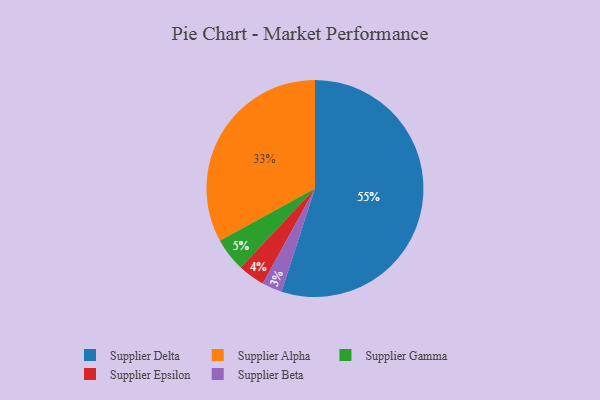
{"axis": {"x": "Category", "y": "Percentage"}, "legend": ["Supplier Alpha", "Supplier Beta", "Supplier Delta", "Supplier Epsilon", "Supplier Gamma"], "data": [{"x": "Supplier Epsilon", "y": 4, "type": "Supplier Epsilon"}, {"x": "Supplier Gamma", "y": 5, "type": "Supplier Gamma"}, {"x": "Supplier Beta", "y": 3, "type": "Supplier Beta"}, {"x": "Supplier Alpha", "y": 33, "type": "Supplier Alpha"}, {"x": "Supplier Delta", "y": 55, "type": "Supplier Delta"}]}